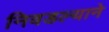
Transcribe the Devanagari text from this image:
निवडल्याने